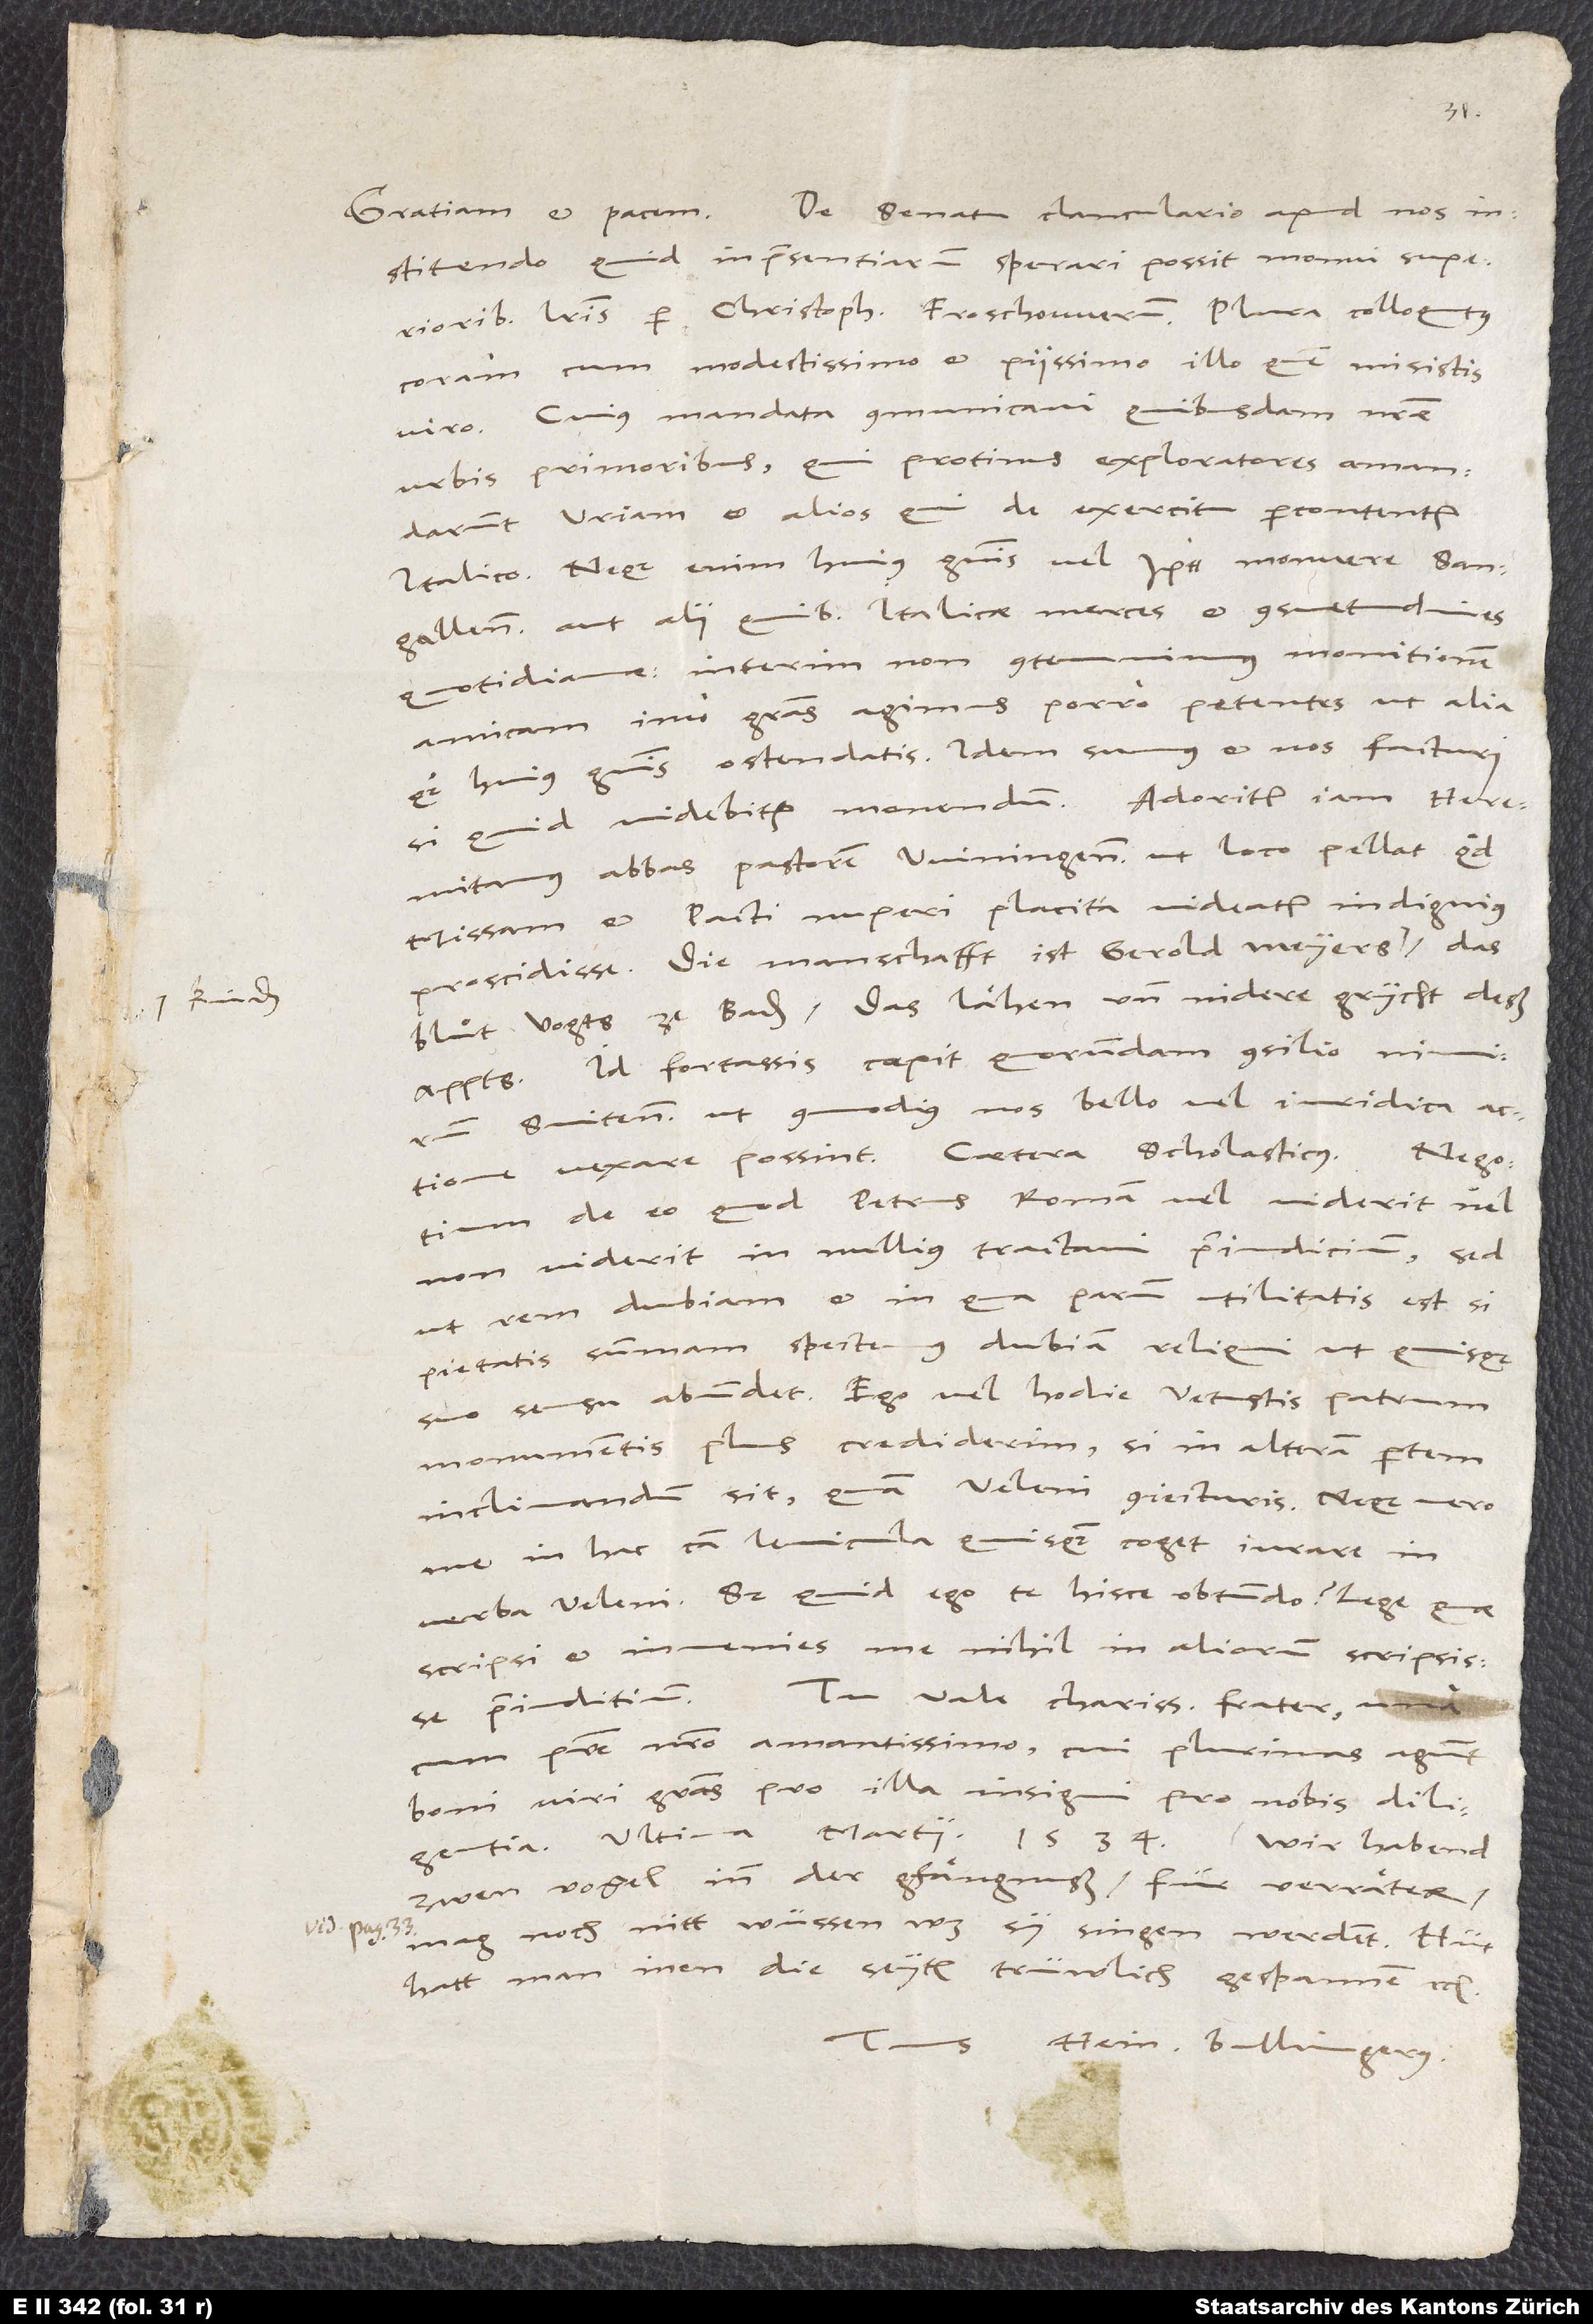
kinden,

instituendo quid in praesentiarum sperari possit, monui superioribus
literis per Christophorum Froschowerum plura colloquutus
coram cum modestissimo et piissimo illo, quem misistis,
viro. Cuius mandata communicavi quibusdam nostrae
urbis primoribus. Qui protinus expioratores amandarunt
Uriam et alios, qui de exercitu percontentur
Italico. Neque enim huius generis vel monuere Sangallenses
aut alii, quibus Italicae merces et consuetudines
quotidiananae. Interim non contemnimus monitionem
amicam, imo gratias agimus porro petentes, ut alia
quoque huius generis ostendatis. Idem sumus et nos facturi,
Heremitamus abbas pastorem Winingensem, ut loco pellat, quod
missam et pacti nuperi placita videatur indignius
proscidisse. Die manschafft ist Gerold Meyers
bluͦt vogts ze Baden, das lähen und nidere grycht deß
appts. Id fortassis coepit quorundam consilio, nimirum
Svitensium, ut commodius nos bello vel iuridica
vexare possint. Caetera scholasticus.
de eo, quod Petrus Romam vel viderit vel
non vident, in nullius tractavi praeiudicium, sed
ut rem dubiam et in qua parum utilitatis est, si
pietatis summam spectemus, dubiam reliqui, ut quisque
suo sensu abundet. Ego vel hodie vetustis patrum
monumentis plus crediderim, si in alteram partem
inclinandum sit, quam Veleni coniecturis, neque vero
me in hac causa levicula quisquam coget iurare in
verba Veleni. Sed quid ego te hisce obtundo? Lege, quae
scripsi, et invenies me nihil in aliorum scripsisse
cum patre nostro amantissimo, cui plurimas agunt
boni viri gratias pro illa insigni pro nobis diligentia.
zwen vogel in der gfängnuß für verräter.
Mag noch nitt wüssen, was sy singen werdent; hüt
hatt man inen die seyten trüwlich gespannen etc.
Tuus Hein. Bullingerus.